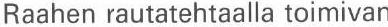
Raahen rautatehtaalla toimivan